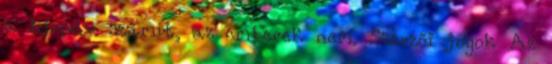
a hírnév számít, az emberek nem. Szerzői jogok Az